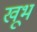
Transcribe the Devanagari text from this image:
खूभ